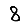
Digit: 8